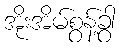
အိုးအိမ်စွန့်ခွာ